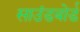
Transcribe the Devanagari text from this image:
साउंडबोर्ड